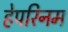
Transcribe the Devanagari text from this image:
हेपरिनम